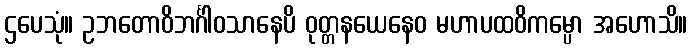
ဌပေသုံ။ ဥဘတောဝိဘင်္ဂါဝသာနေပိ ဝုတ္တနယေနေဝ မဟာပထဝိကမ္ပော အဟောသိ။